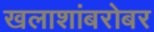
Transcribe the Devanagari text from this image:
खलाशांबरोबर